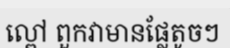
ល្ពៅ ពួកវាមានផ្លែតូចៗ